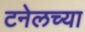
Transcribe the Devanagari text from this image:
टनेलच्या